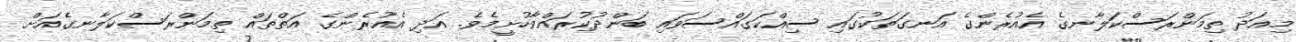
މިއަދު ތިމަންރަސްކަލާނގެ އެއުރެންގެ އަނގަތަކުގައި ސިއްކަގައްސަވައި ބަންދުކުރައްވާހުށީމެވެ. އަދި އެއުރެންގެ އަތްތައް ތިމަންރަސްކަލާނގެއަށް